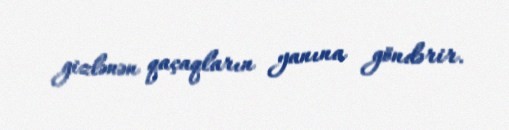
gizlənən qaçaqların yanına göndərir.